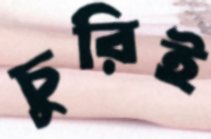
চুরিই